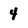
Character: 4